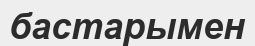
бастарымен